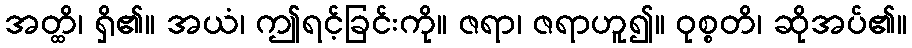
အတ္ထိ၊ ရှိ၏။ အယံ၊ ဤရင့်ခြင်းကို။ ဇရာ၊ ဇရာဟူ၍။ ဝုစ္စတိ၊ ဆိုအပ်၏။